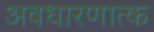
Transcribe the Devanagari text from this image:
अवधारणात्क